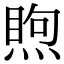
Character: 𥈈